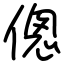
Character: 傯